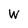
Character: w